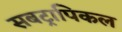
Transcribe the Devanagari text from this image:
सबट्रापिकल